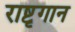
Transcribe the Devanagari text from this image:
राष्टृगान